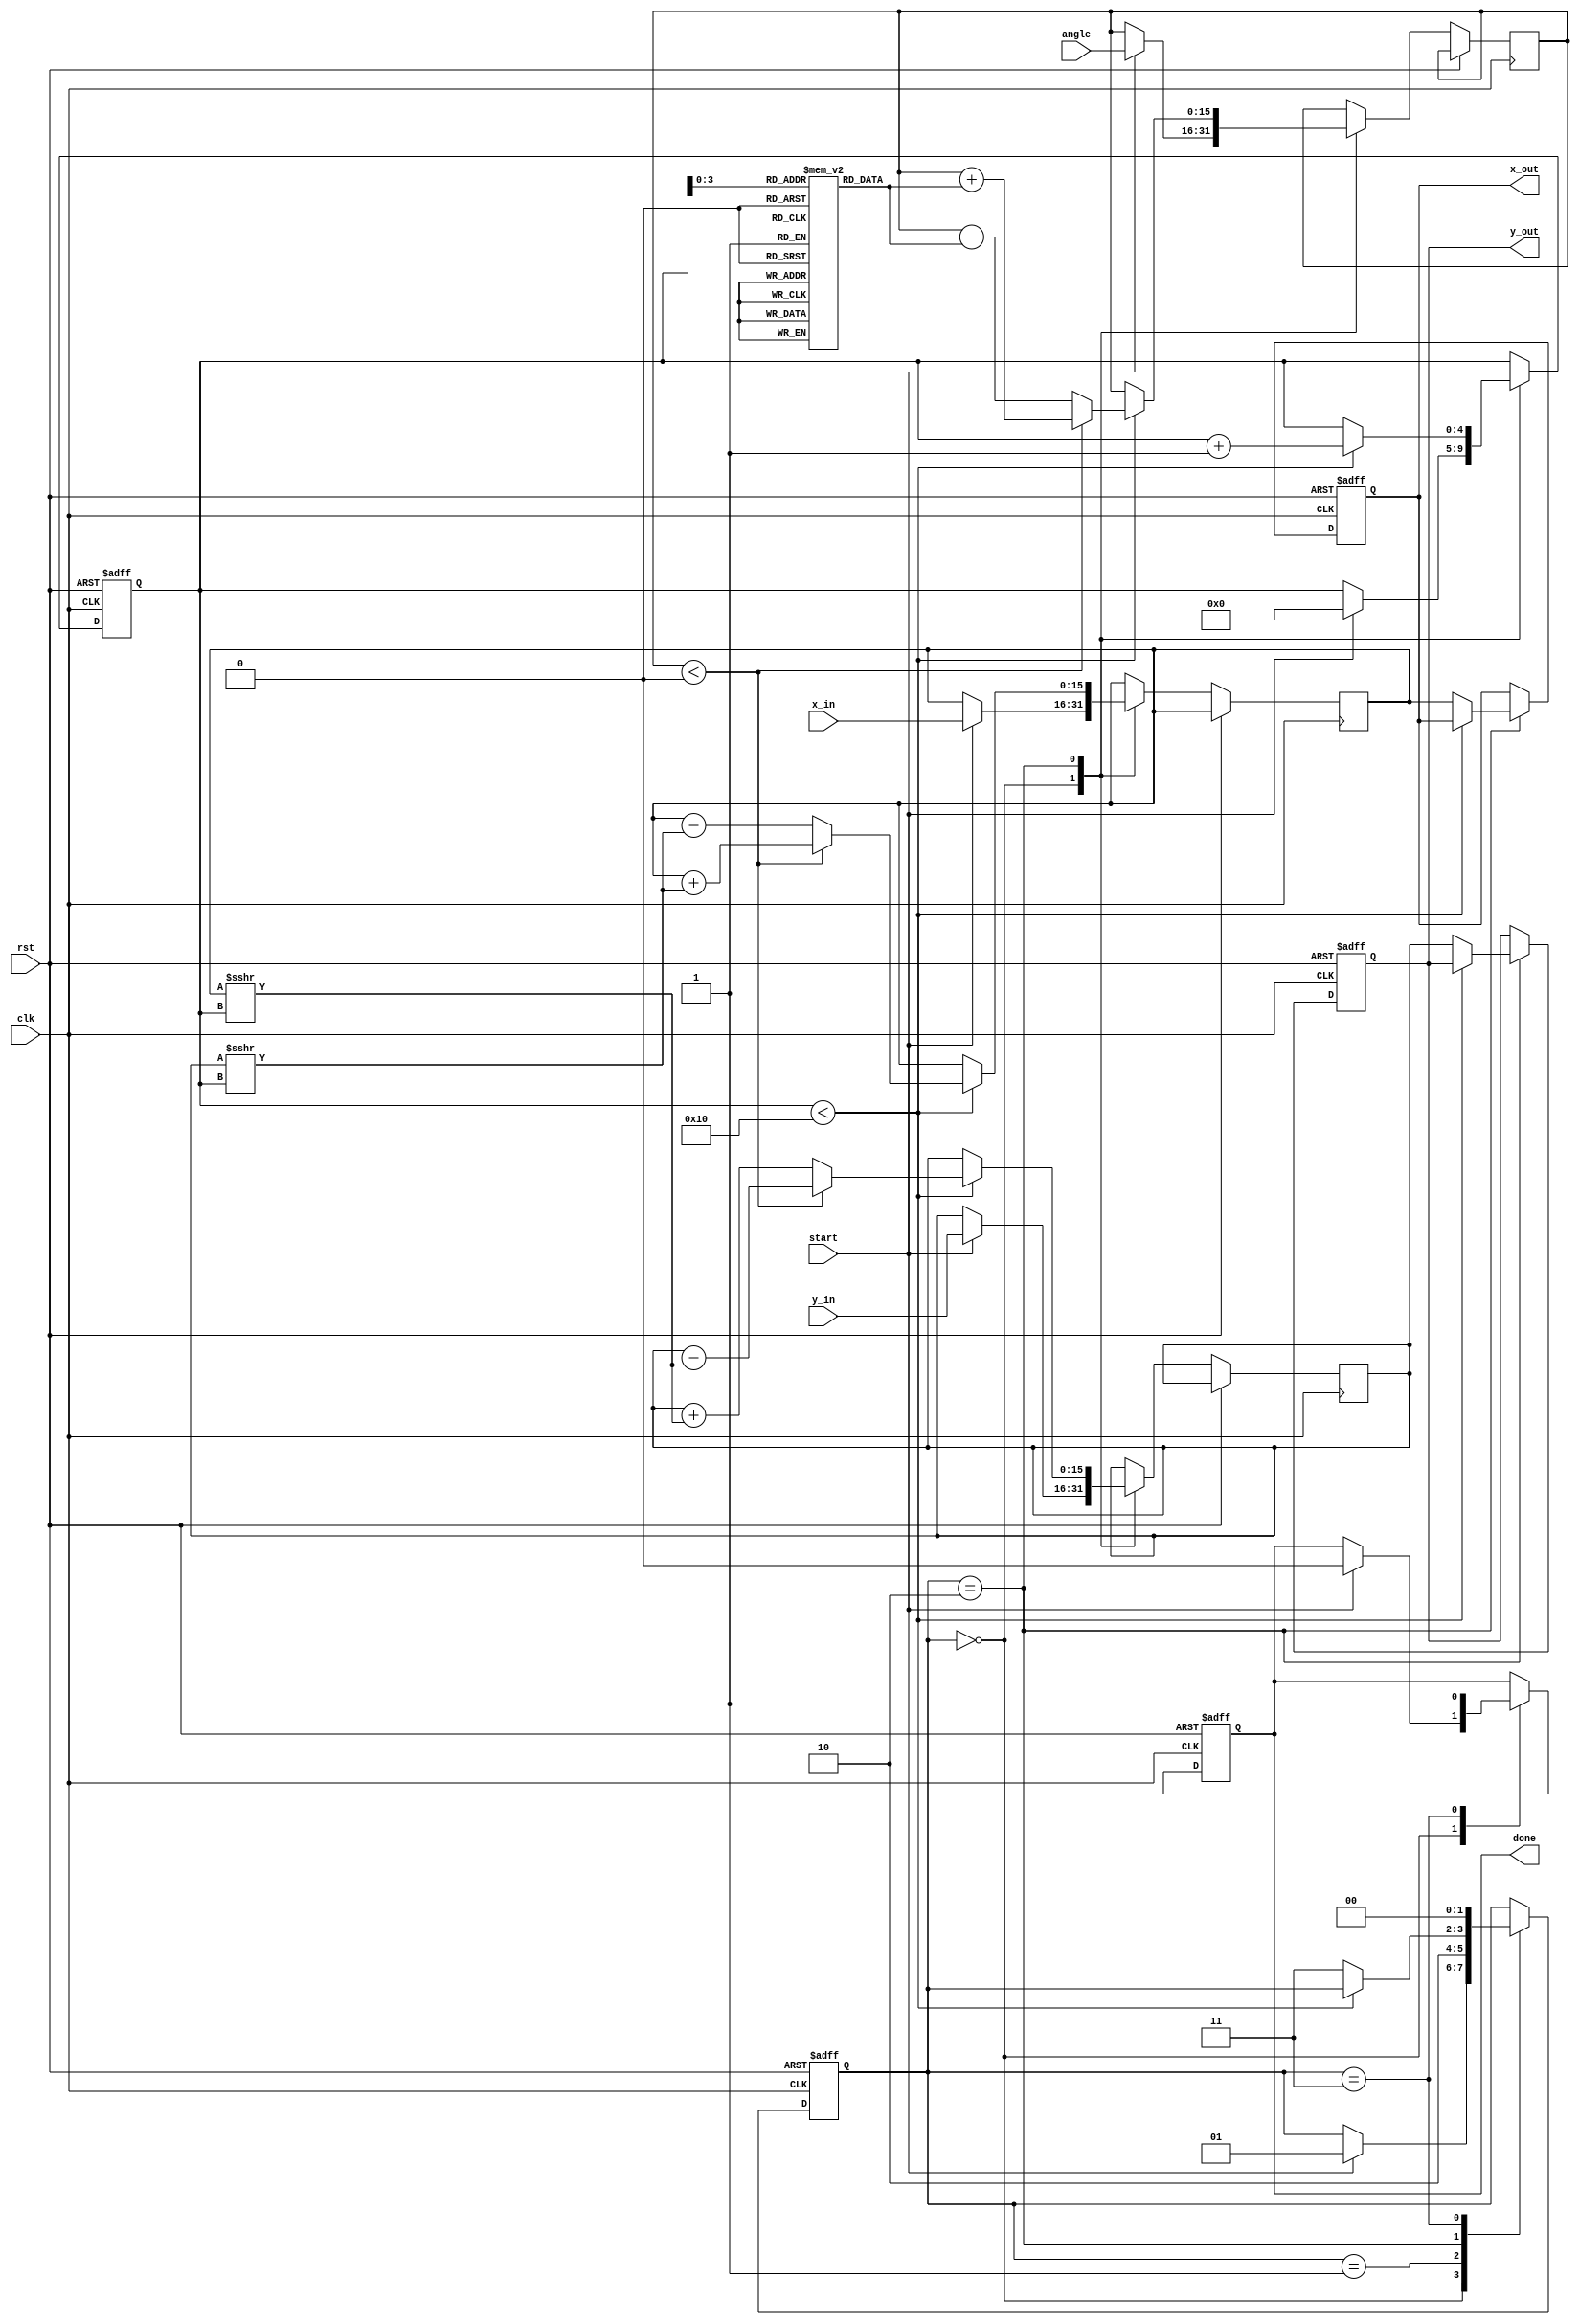
module modified_cordic #(
    parameter WIDTH = 16,         // Bit width for fixed-point representation
    parameter ITERATIONS = 16     // Number of iterations for precision
)(
    input wire clk,               // Clock signal
    input wire rst,               // Reset signal
    input wire start,             // Start signal for the operation
    input wire [WIDTH-1:0] x_in,  // Input x coordinate
    input wire [WIDTH-1:0] y_in,  // Input y coordinate
    input wire [WIDTH-1:0] angle,  // Input angle in radians
    output reg [WIDTH-1:0] x_out,  // Output x coordinate
    output reg [WIDTH-1:0] y_out,  // Output y coordinate
    output reg done               // Done signal
);

    // CORDIC parameters
    reg [WIDTH-1:0] atan_table [0:ITERATIONS-1]; // Lookup table for arctan values
    reg [WIDTH-1:0] x_reg, y_reg, z_reg;          // Registers for x, y, and z (angle)
    reg [4:0] iteration;                          // Iteration counter
    reg [1:0] state;                              // State machine
    localparam IDLE = 2'b00, INIT = 2'b01, ITERATE = 2'b10, DONE = 2'b11;

    // Initialize arctan values (in Qm.n format)
    initial begin
        atan_table[0] = 16'h3243; // atan(1) in Q15.16 format
        atan_table[1] = 16'h1DAC; // atan(0.5) in Q15.16 format
        // Add more values as needed...
    end

    // State machine for CORDIC operation
    always @(posedge clk or posedge rst) begin
        if (rst) begin
            state <= IDLE;
            iteration <= 0;
            x_out <= 0;
            y_out <= 0;
            done <= 0;
        end else begin
            case (state)
                IDLE: begin
                    if (start) begin
                        x_reg <= x_in;
                        y_reg <= y_in;
                        z_reg <= angle;
                        iteration <= 0;
                        state <= INIT;
                        done <= 0;
                    end
                end
                INIT: begin
                    // Initialize for the first iteration
                    state <= ITERATE;
                end
                ITERATE: begin
                    if (iteration < ITERATIONS) begin
                        // CORDIC rotation mode
                        if (z_reg < 0) begin
                            x_reg <= x_reg + (y_reg >>> iteration);
                            y_reg <= y_reg - (x_reg >>> iteration);
                            z_reg <= z_reg + atan_table[iteration];
                        end else begin
                            x_reg <= x_reg - (y_reg >>> iteration);
                            y_reg <= y_reg + (x_reg >>> iteration);
                            z_reg <= z_reg - atan_table[iteration];
                        end
                        iteration <= iteration + 1;
                    end else begin
                        // Finished all iterations
                        x_out <= x_reg;
                        y_out <= y_reg;
                        state <= DONE;
                    end
                end
                DONE: begin
                    done <= 1; // Indicate completion
                    state <= IDLE; // Go back to IDLE state
                end
            endcase
        end
    end
endmodule